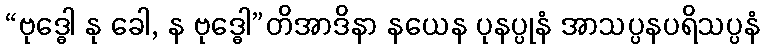
“ဗုဒ္ဓေါ နု ခေါ, န ဗုဒ္ဓေါ”တိအာဒိနာ နယေန ပုနပ္ပုနံ အာသပ္ပနပရိသပ္ပနံ